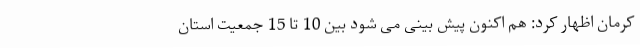
کرمان اظهار کرد: هم اکنون پیش بینی می شود بین 10 تا 15 جمعیت استان